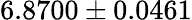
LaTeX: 6.8700\pm 0.0461